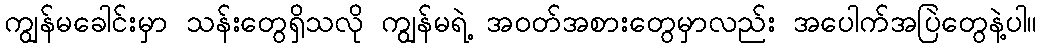
ကျွန်မခေါင်းမှာ သန်းတွေရှိသလို ကျွန်မရဲ့ အဝတ်အစားတွေမှာလည်း အပေါက်အပြဲတွေနဲ့ပါ။